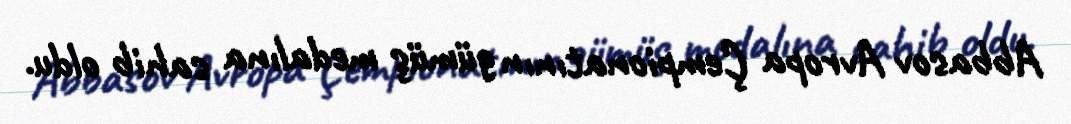
Abbasov Avropa Çempionatının gümüş medalına sahib oldu.